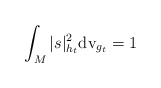
\begin{align*}\int_M|s|^2_{h_t}{\rm{dv}}_{g_t}=1\end{align*}